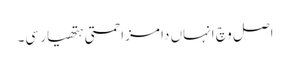
اصل وچ انہاں دا مزاحمتی ہتھیار سی۔